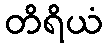
တိရိယံ